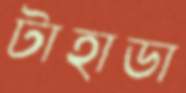
টাহাডা